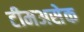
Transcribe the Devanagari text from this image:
टीमअसेक